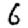
Digit: 6